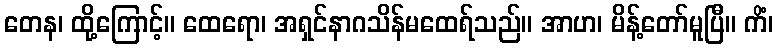
တေန၊ ထို့ကြောင့်။ ထေရော၊ အရှင်နာဂသိန်မထေရ်သည်။ အာဟ၊ မိန့်တော်မူပြီ။ ကိံ၊